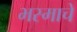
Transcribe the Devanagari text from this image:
भस्माचे